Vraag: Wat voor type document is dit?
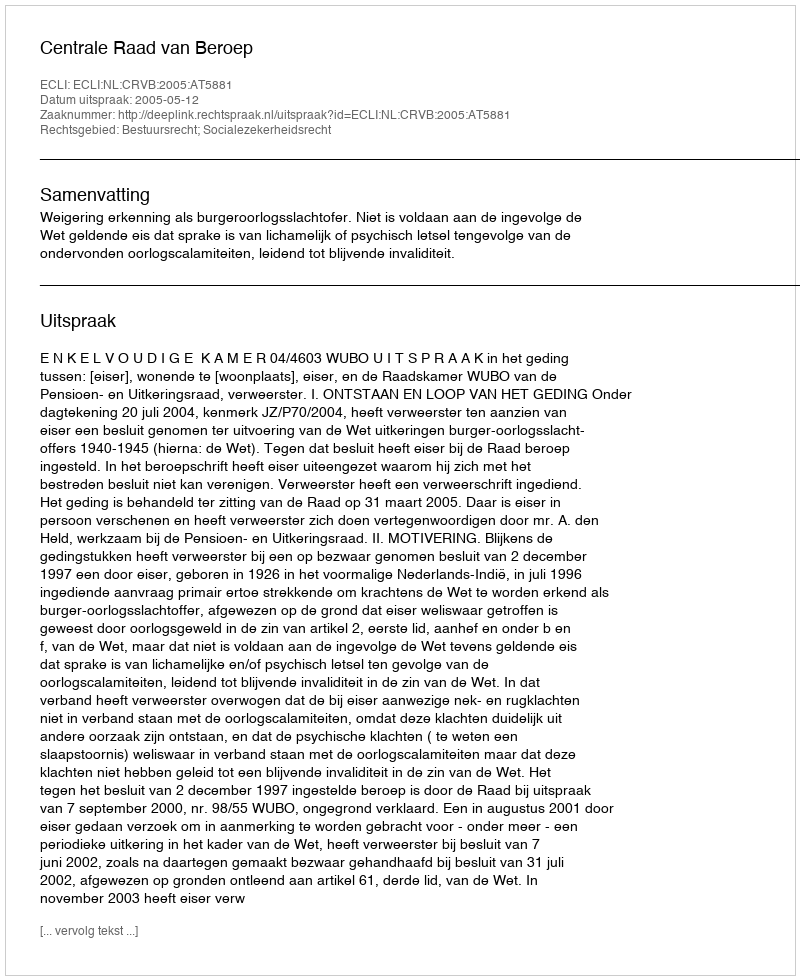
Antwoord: Uitspraak